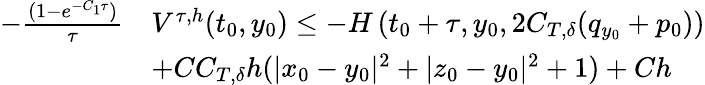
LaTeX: \begin{array}{rl}{-\frac{(1-e^{-C_{1}\tau})}\tau}&{V^{\tau,h}(t_{0},y_{0})\leq-H\left(t_{0}+\tau,y_{0},2C_{T,\delta}(q_{y_{0}}+p_{0})\right)}\\ &{+CC_{T,\delta}h(|x_{0}-y_{0}|^{2}+|z_{0}-y_{0}|^{2}+1)+Ch}\end{array}